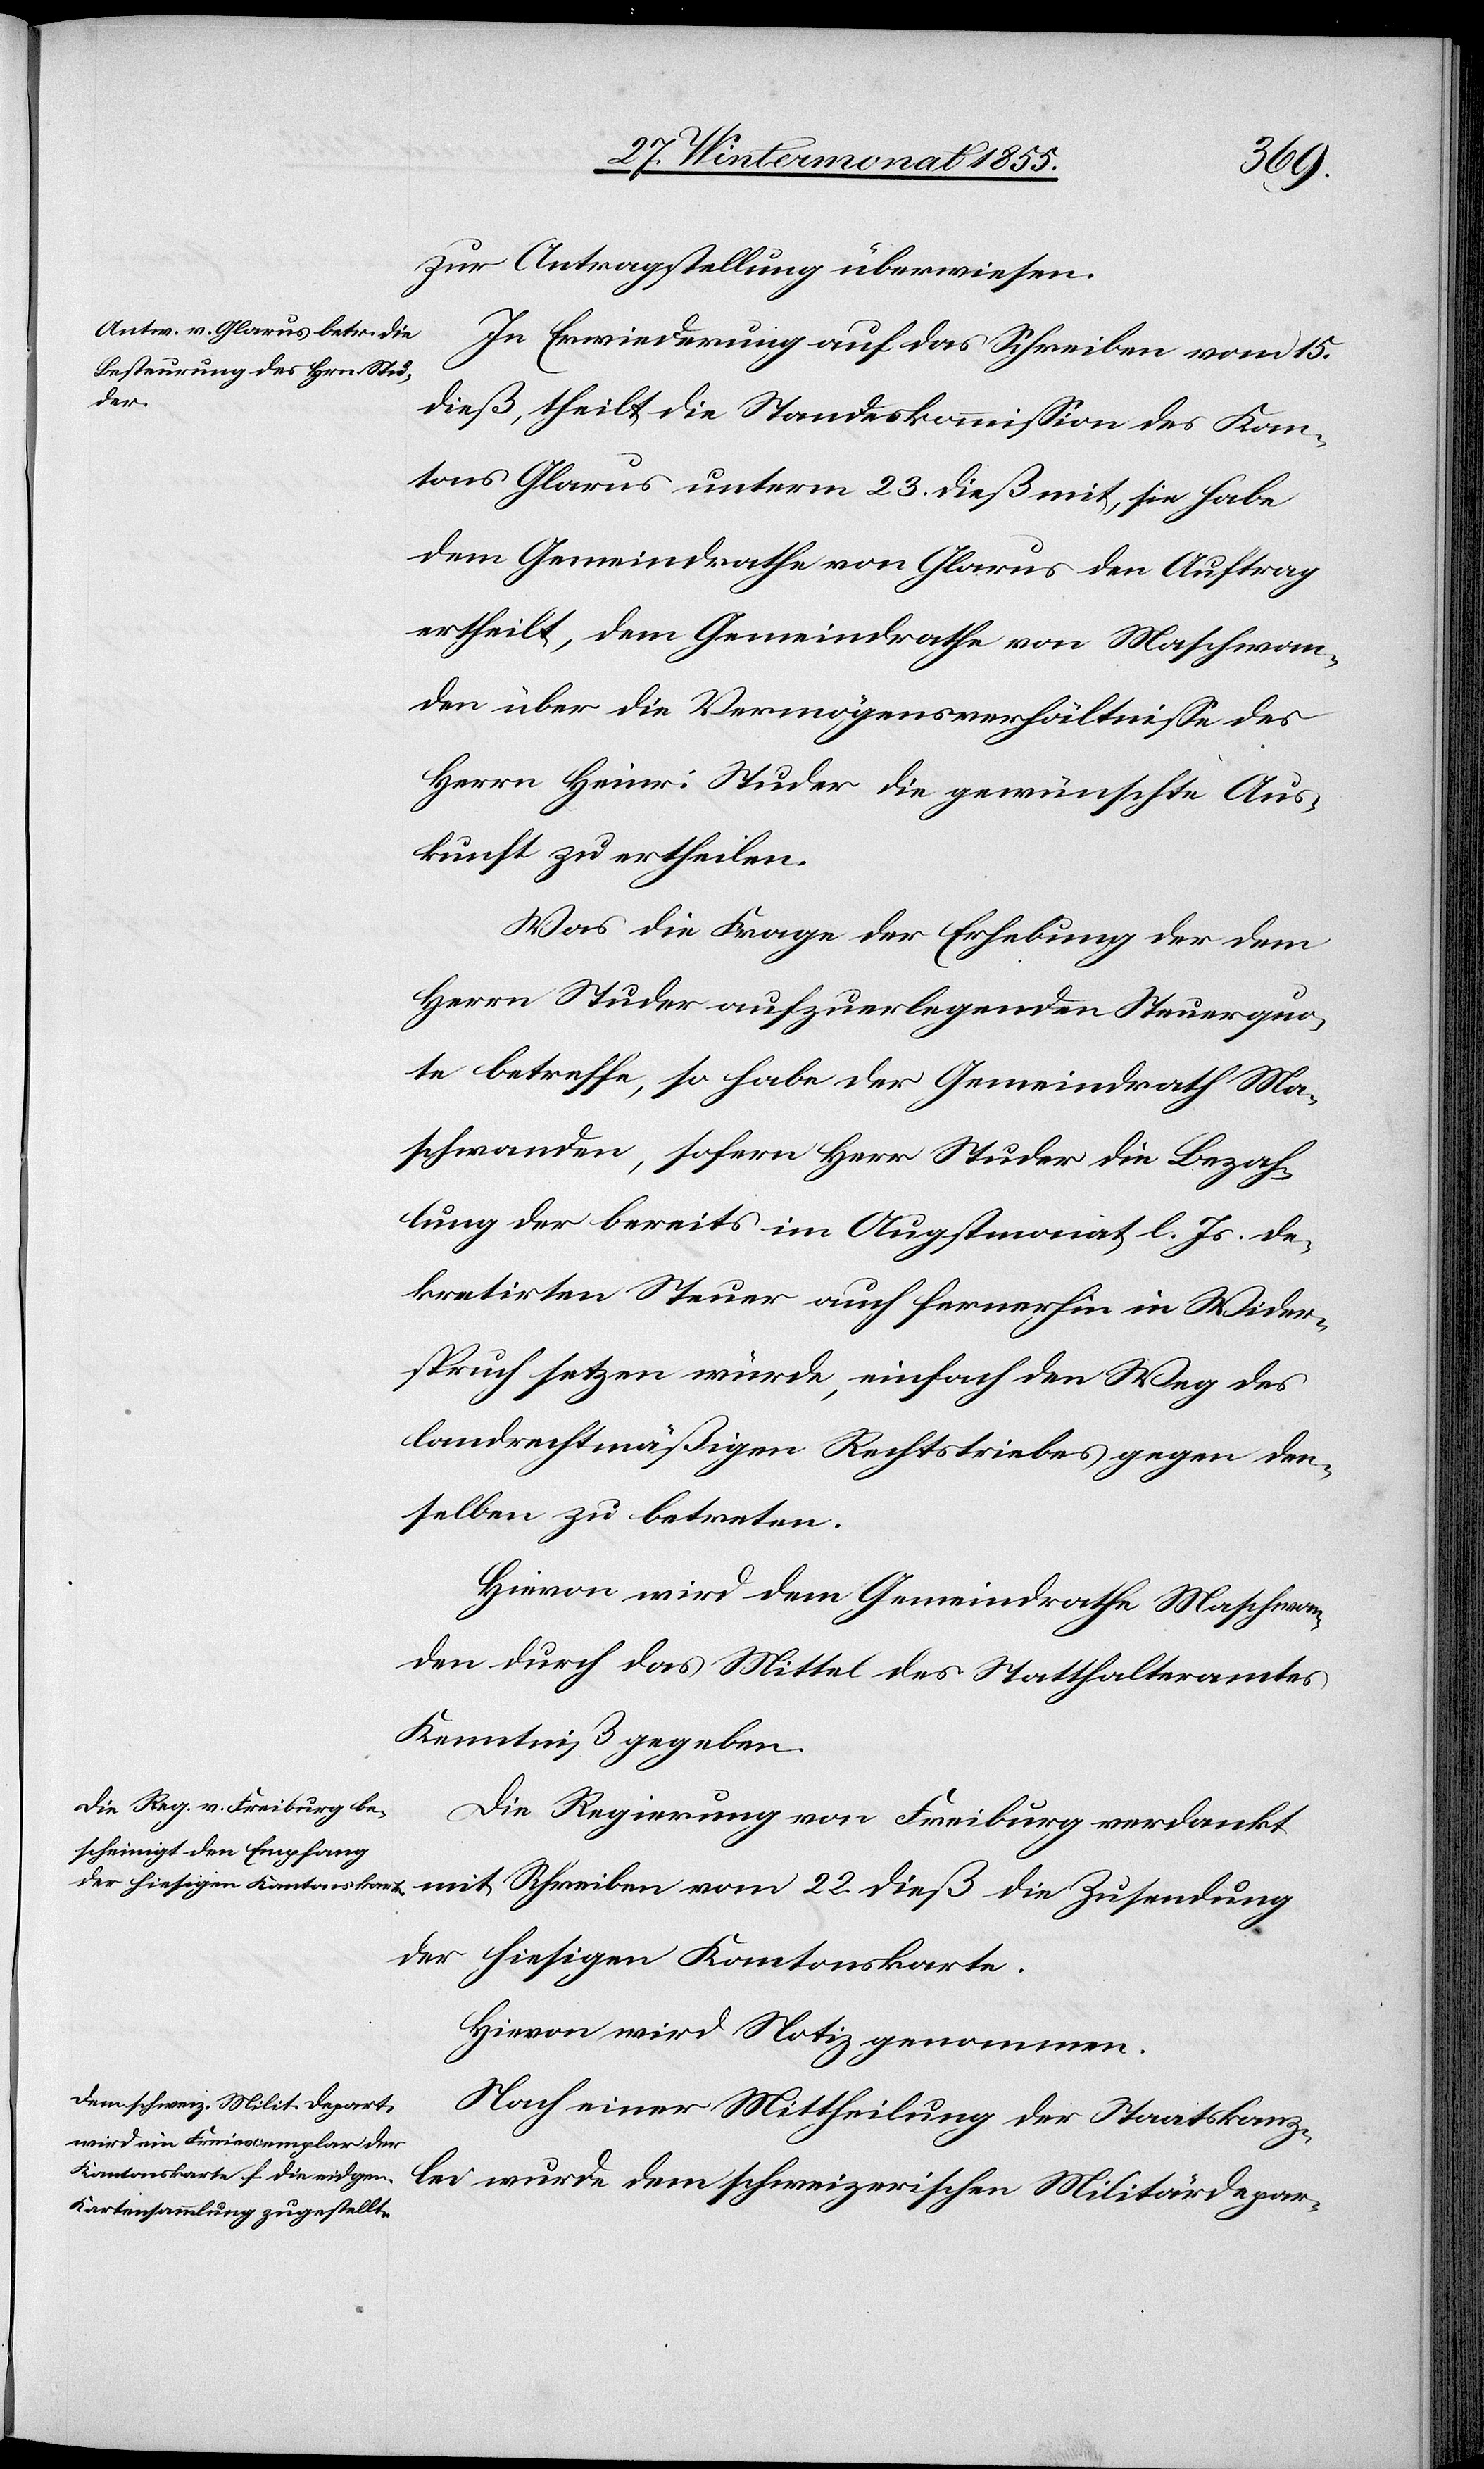
22.
zur Antragstellung überwiesen.
In Erwiederung auf das Schreiben vom 15.
dieß, theilt die Standeskommission des Kan¬
tons Glarus unterm 23. dieß mit, sie habe
dem Gemeindrathe von Glarus den Auftrag
ertheilt, dem Gemeindrathe von Maschwan¬
den über die Vermögensverhältnisse des
Herrn Heinr: Studer die gewünschte Aus¬
kunft zu ertheilen.
Was die Frage der Erhebung der dem
Herrn Studer aufzuerlegenden Steuerquo¬
te betreffe, so habe der Gemeindrath Ma¬
schwanden, sofern Herr Studer die Bezah¬
lung der bereits im Augstmonat l. Js. de¬
kretirten Steuer auch fernerhin in Wider¬
spruch setzen würde, einfach den Weg des
landrechtmäßigen Rechtstriebes gegen den¬
selben zu betreten.
Hievon wird dem Gemeindrathe Maschwan¬
den durch das Mittel des Statthalteramtes
Kenntniß gegeben.
Die Regierung von Freiburg verdankt
der hiesigen Kantonskarte.
Hievon wird Notiz genommen.
Nach einer Mittheilung der Staatskanz¬
lei wurde dem schweizerischen Militärdepar-